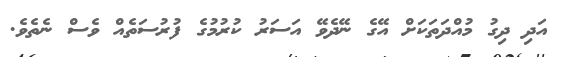
އަދި ދިގު މުއްދަތަކަށް އޭގެ ނޭދެވޭ އަސަރު ކުރުމުގެ ފުރުސަތެއް ވެސް ނެތެވެ.